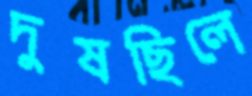
দুষছিলে